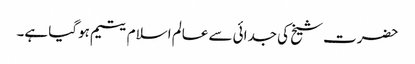
حضرت شیخ کی جدائی سے عالم اسلام یتیم ہوگیا ہے۔